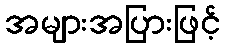
အများအပြားဖြင့်